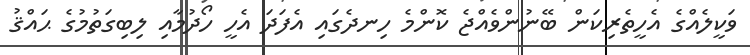
ވަކީލެއްގެ އެހީތެރިކަން ބޭނުންވެއްޖެ ކޮންމެ ހިނދެގައި އެފަދަ އެހީ ހޯދުމާއި ލިބިގަތުމުގެ ޙައްޤު